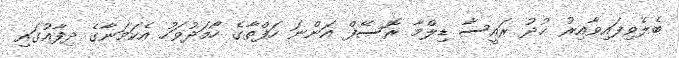
ބެލެވިފައިވާއިރު ޚުދު ރައީސާ ޑިލްމާ ރޮސޭފް އަންނަ ހަފްތާގެ ހޯމަދުވަހު އެކަމަނާގެ ދިފާއުގައި